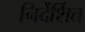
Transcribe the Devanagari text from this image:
निर्देर्शित